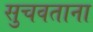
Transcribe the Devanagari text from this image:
सुचवताना